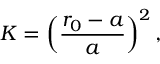
K = \left( \frac { r _ { 0 } - a } { a } \right) ^ { 2 } ,